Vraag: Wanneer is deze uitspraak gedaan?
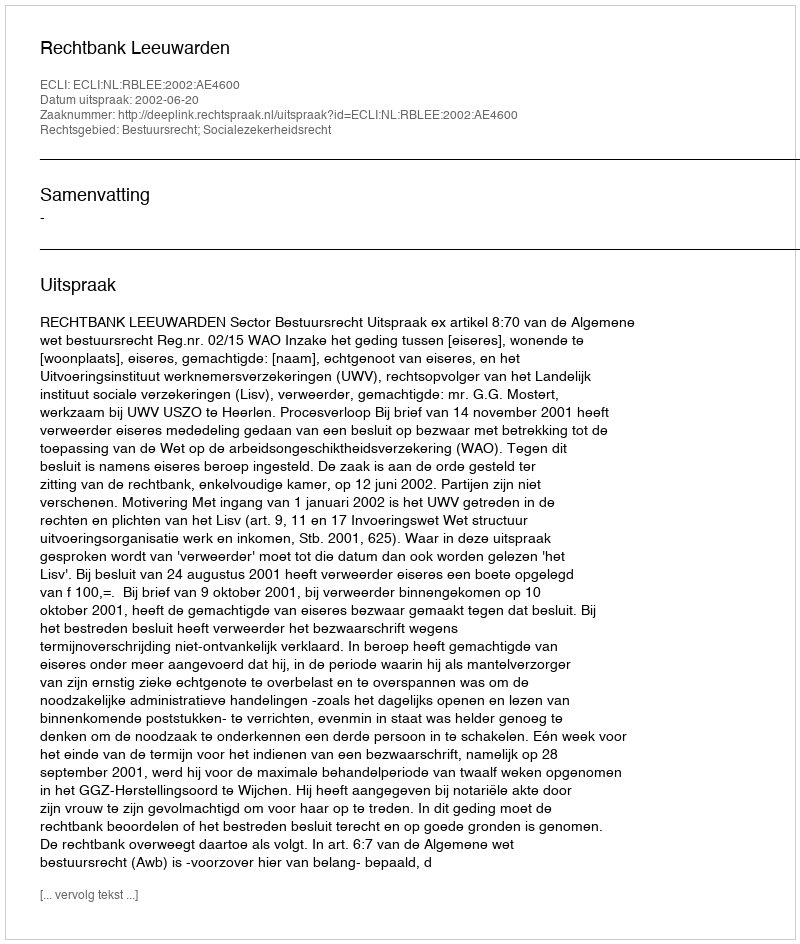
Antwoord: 2002-06-20